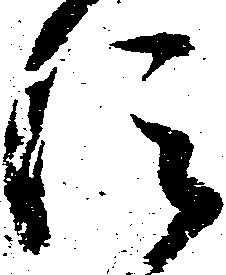
仰